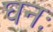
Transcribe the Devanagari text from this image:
घनः